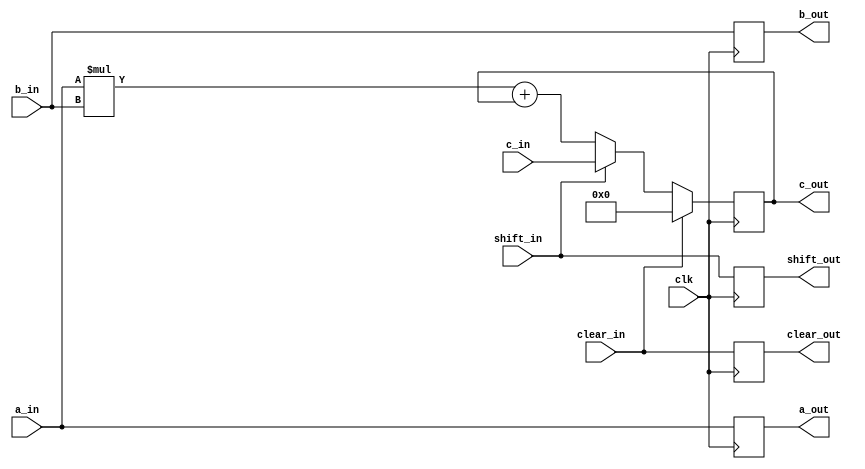
module mac_cell #(parameter VAR_SIZE = 8, parameter ACC_SIZE = 24)
(
  output reg signed [(VAR_SIZE-1):0] a_out,
  output reg signed [(VAR_SIZE-1):0] b_out,
  output reg signed [(ACC_SIZE-1):0] c_out,
  output reg shift_out,
  output reg clear_out,
  input wire signed [(VAR_SIZE-1):0] a_in,
  input wire signed [(VAR_SIZE-1):0] b_in,
  input wire signed [(ACC_SIZE-1):0] c_in,
  input wire clk,
  input wire shift_in,
  input wire clear_in
);
  
  reg signed [(ACC_SIZE-1):0] c_nxt;
  reg signed [(2*VAR_SIZE-1):0] ab;
  
  always @(posedge clk) begin
    a_out <= a_in;
    b_out <= b_in;
    c_out <= c_nxt;
    shift_out <= shift_in;
    clear_out <= clear_in;
  end
  
  always @* begin
    ab = a_in * b_in;
    if (clear_in)
      c_nxt = 0;
    else if (shift_in)
      c_nxt = c_in;
    else
      c_nxt = ab + c_out;
  end
  
endmodule